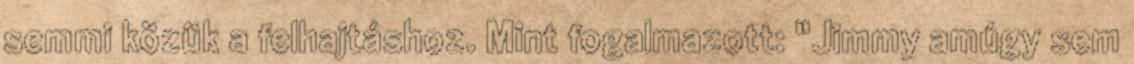
semmi közük a felhajtáshoz. Mint fogalmazott: "Jimmy amúgy sem